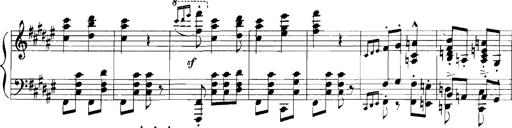
Title: Rhapsodies hongroises
Composer: Franz Liszt